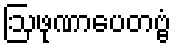
ဩဖုဏာပေတဗ္ဗံ